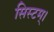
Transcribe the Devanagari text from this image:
सिस्टम्।